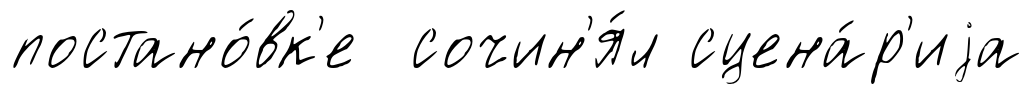
постано́вк'е сочин'я́л сцена́р'иjа